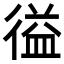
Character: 𭛽